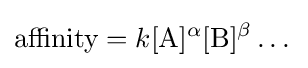
{\text{affinity}}=k[{\ce {A}}]^{\alpha }[{\ce {B}}]^{\beta }\dots